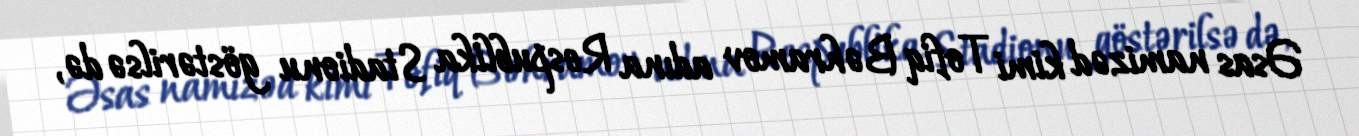
Əsas namizəd kimi Tofiq Bəhramov adına Respublika Stadionu göstərilsə də,